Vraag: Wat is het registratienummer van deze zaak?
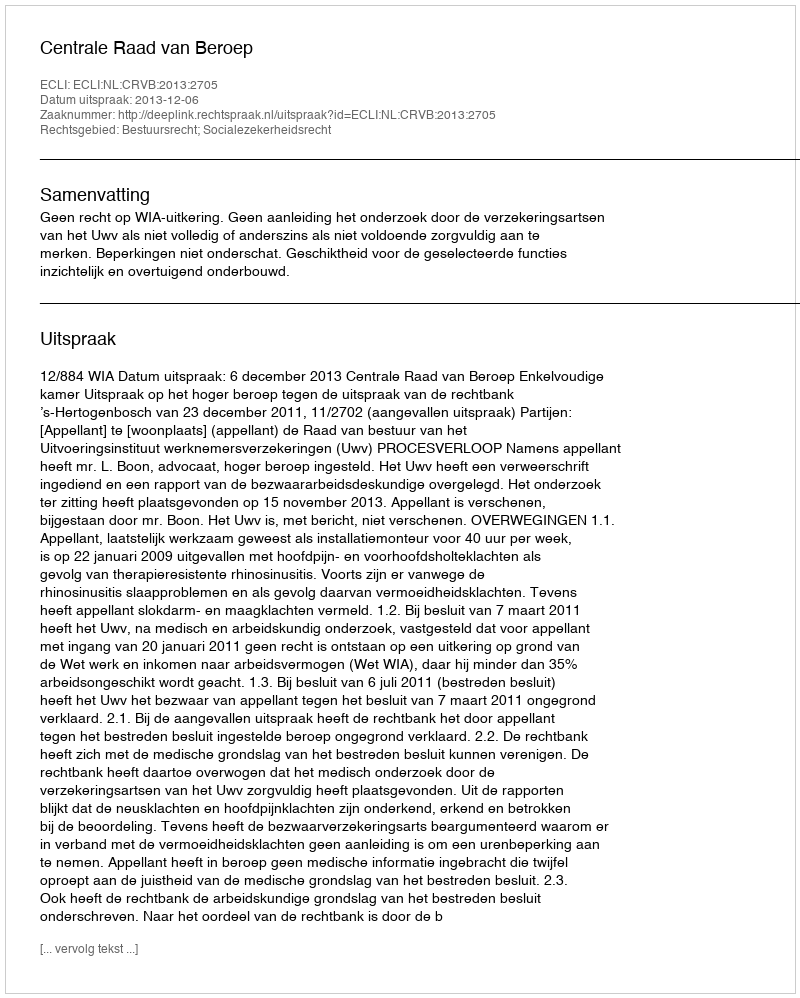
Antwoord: http://deeplink.rechtspraak.nl/uitspraak?id=ECLI:NL:CRVB:2013:2705